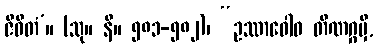
ဇီဝိတံ’။ (သု။ နိ။ ၅၈၁-၅၈၂)၊ “ဥဿာဝေါဝ တိဏဂ္ဂမှိ,